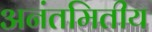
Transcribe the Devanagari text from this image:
अनंतमितीय